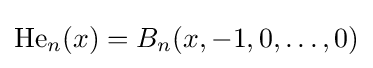
\operatorname {He} _{n}(x)=B_{n}(x,-1,0,\ldots ,0)